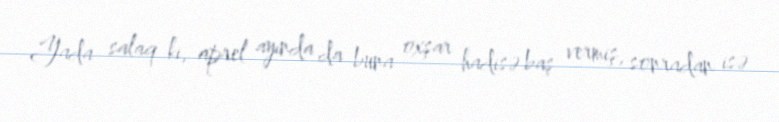
Yada salaq ki, aprel ayında da buna oxşar hadisə baş vermiş, sonradan isə